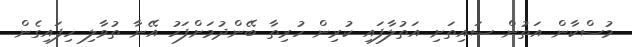
މުސްކާން އަތުން ސައިތަށި އަތުލާފައި ކުރިން ހުރިތާ ބޭންދުމަށްފަހު އޭނާ ތުވާލި ހިފައިގެން